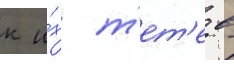
к и́х т'ет'е в